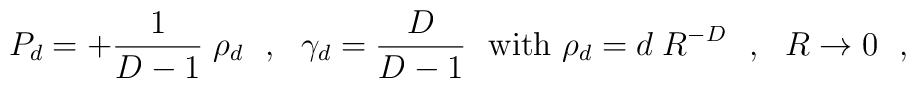
P_d = +{1 \over {D-1}}\;\rho_d ~~,~~ \gamma_d = {D\over{D-1}} ~~{\rm with~} \rho_d = d \; R^{-D}~~,~~ R \to 0 ~~,